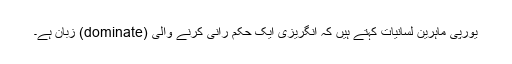
یورپی ماہرینِ لسانیات کہتے ہیں کہ انگریزی ایک حکم رانی کرنے والی (dominate) زبان ہے۔